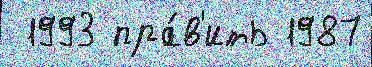
 1993 пра́в'ить 1987